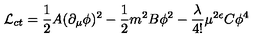
{ \cal L } _ { c t } = { \frac { 1 } { 2 } } A ( \partial _ { \mu } \phi ) ^ { 2 } - { \frac { 1 } { 2 } } m ^ { 2 } B \phi ^ { 2 } - { \frac { \lambda } { 4 ! } } \mu ^ { 2 \epsilon } C \phi ^ { 4 }